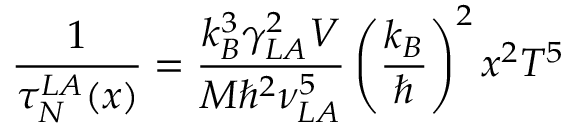
\frac { 1 } { \tau _ { N } ^ { L A } ( x ) } = \frac { k _ { B } ^ { 3 } \gamma _ { L A } ^ { 2 } V } { M \hbar ^ { 2 } \nu _ { L A } ^ { 5 } } \left( \frac { k _ { B } } { \hbar } \right) ^ { 2 } x ^ { 2 } T ^ { 5 }